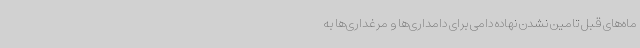
ماه‌های قبل تامین نشدن نهاده دامی برای دامداری‌ها و مرغداری‌ها به